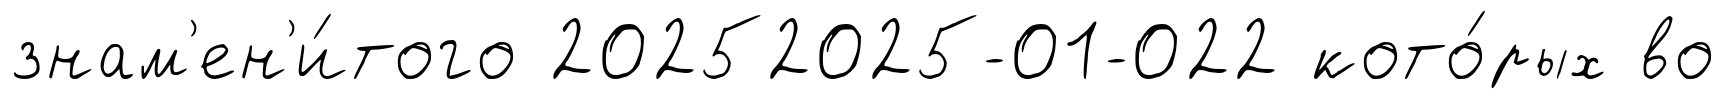
знам'ен'и́того 20252025-01-022 кото́рых во